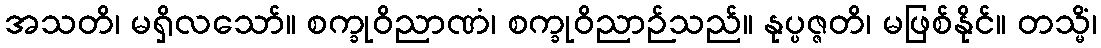
အသတိ၊ မရှိလသော်။ စက္ခုဝိညာဏံ၊ စက္ခုဝိညာဉ်သည်။ နုပ္ပဇ္ဇတိ၊ မဖြစ်နိုင်။ တသ္မိံ၊